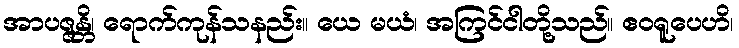
အာပဇ္ဇန္တိ၊ ရောက်ကုန်သနည်း။ ယေ မယံ၊ အကြင်ငါတို့သည်။ ဧဝရူပေဟိ၊